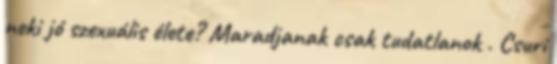
neki jó szexuális élete? Maradjanak csak tudatlanok . Csuri